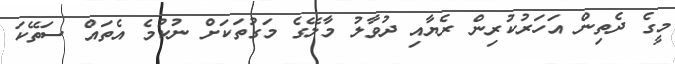
މީގެ ދެތިން އަހަރުކުރިން ރެޔާއި ދުވާލު މާލޭގެ މަގުތަކަށް ނުކުމެ އެތައް ސަތޭކަ